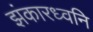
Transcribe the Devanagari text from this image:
झंकारध्वनि